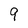
Character: 9